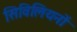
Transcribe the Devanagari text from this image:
सिविलियनों